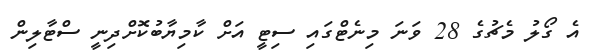
އެ ގޯލު މެޗުގެ 28 ވަނަ މިނެޓްގައި ސިޓީ އަށް ކާމިޔާބުކޮށްދިނީ ސްޓާލިން